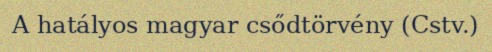
A hatályos magyar csődtörvény (Cstv.)